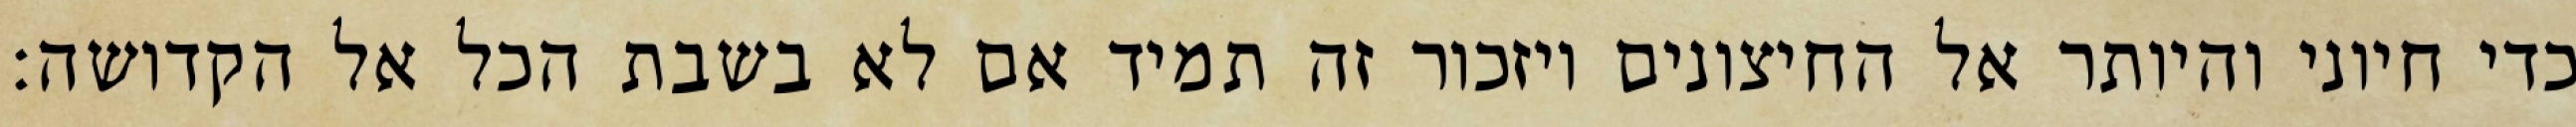
כדי חיוני והיותר אל החיצונים ויזכור זה תמיד אם לא בשבת הכל אל הקדושה: